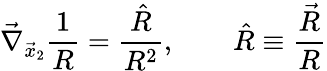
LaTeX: \vec{\nabla}_{\vec{x}_{2}}\frac{1}{R}=\frac{\hat{R}}{R^{2}},\qquad\hat{R}\equiv\frac{\vec{R}}{R}